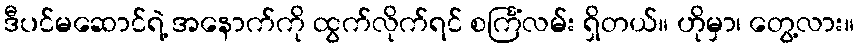
ဒီပင်မဆောင်ရဲ့ အနောက်ကို ထွက်လိုက်ရင် စင်္ကြံလမ်း ရှိတယ်။ ဟိုမှာ၊ တွေ့လား။